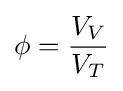
\phi ={\frac {V_{V}}{V_{T}}}